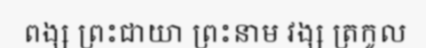
ពង្ស ព្រះជាយា ព្រះនាម វង្ស ត្រកូល